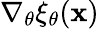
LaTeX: \nabla_{\mathbf{\theta}}\xi_{\mathbf{\theta}}(\mathbf{x})